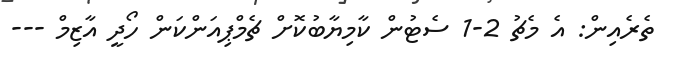
ތެރެއިން: އެ މެޗު 2-1 ސެޓުން ކާމިޔާބުކޮށް ޗެމްޕިއަންކަން ހޯދީ އާޒިމް ---